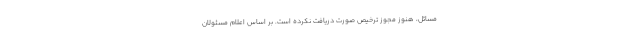
مسائل، هنوز مجوز ترخیص صورت دریافت نکرده است. بر اساس اعلام مسئولان